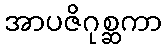
အာပဇိဂုစ္ဆကာ